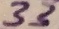
Text: 33